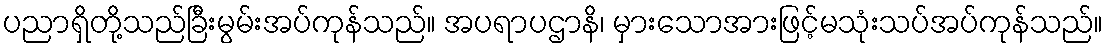
ပညာရှိတို့သည်ခြီးမွမ်းအပ်ကုန်သည်။ အပရာပဌာနိ၊ မှားသောအားဖြင့်မသုံးသပ်အပ်ကုန်သည်။